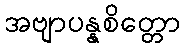
အဗျာပန္နစိတ္တော